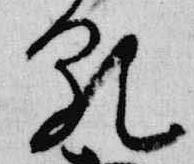
顕